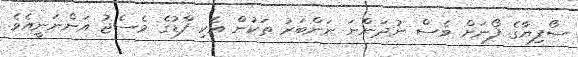
ސޯފިޔާގެ ފޯނަށް ވެސް ނުދަންނަ ނަންބަރު ތަކުން އެކި ފާޑުގެ މެސެޖު އަންނަނީއެވެ.